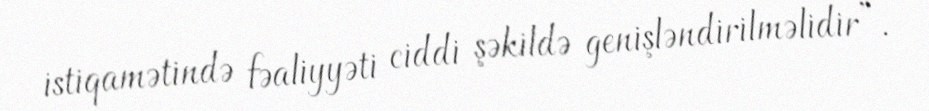
istiqamətində fəaliyyəti ciddi şəkildə genişləndirilməlidir”.